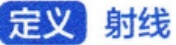
定义 射线